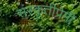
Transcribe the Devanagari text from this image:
संस्कृतीप्रेमी